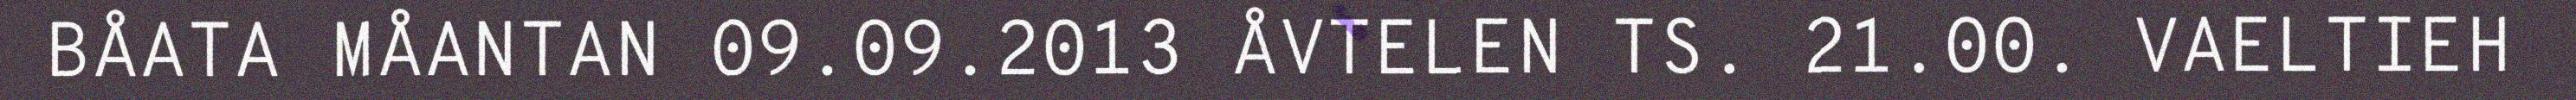
BÅATA MÅANTAN 09.09.2013 ÅVTELEN TS. 21.00. VAELTIEH